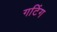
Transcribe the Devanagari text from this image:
गटिंग